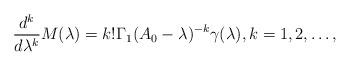
LaTeX: \begin{align*} \frac{d^k}{d\lambda^k} M(\lambda)=k!\Gamma_1(A_0-\lambda)^{-k}\gamma(\lambda),k=1,2,\dots,\end{align*}